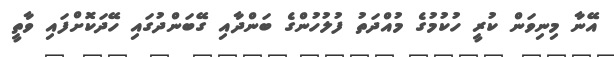
އޭނާ މިނިވަން ކުރީ ހުކުމުގެ މުއްދަތު ފުލުހުންގެ ބަންދާއި ގޭބަންދުގައި ހޭދަކޮށްފައި ވާތީ